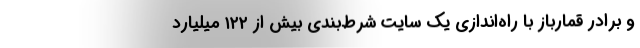
و برادر قمارباز با راه‌اندازی یک سایت شرط‌بندی بیش از ۱۲۲ میلیارد